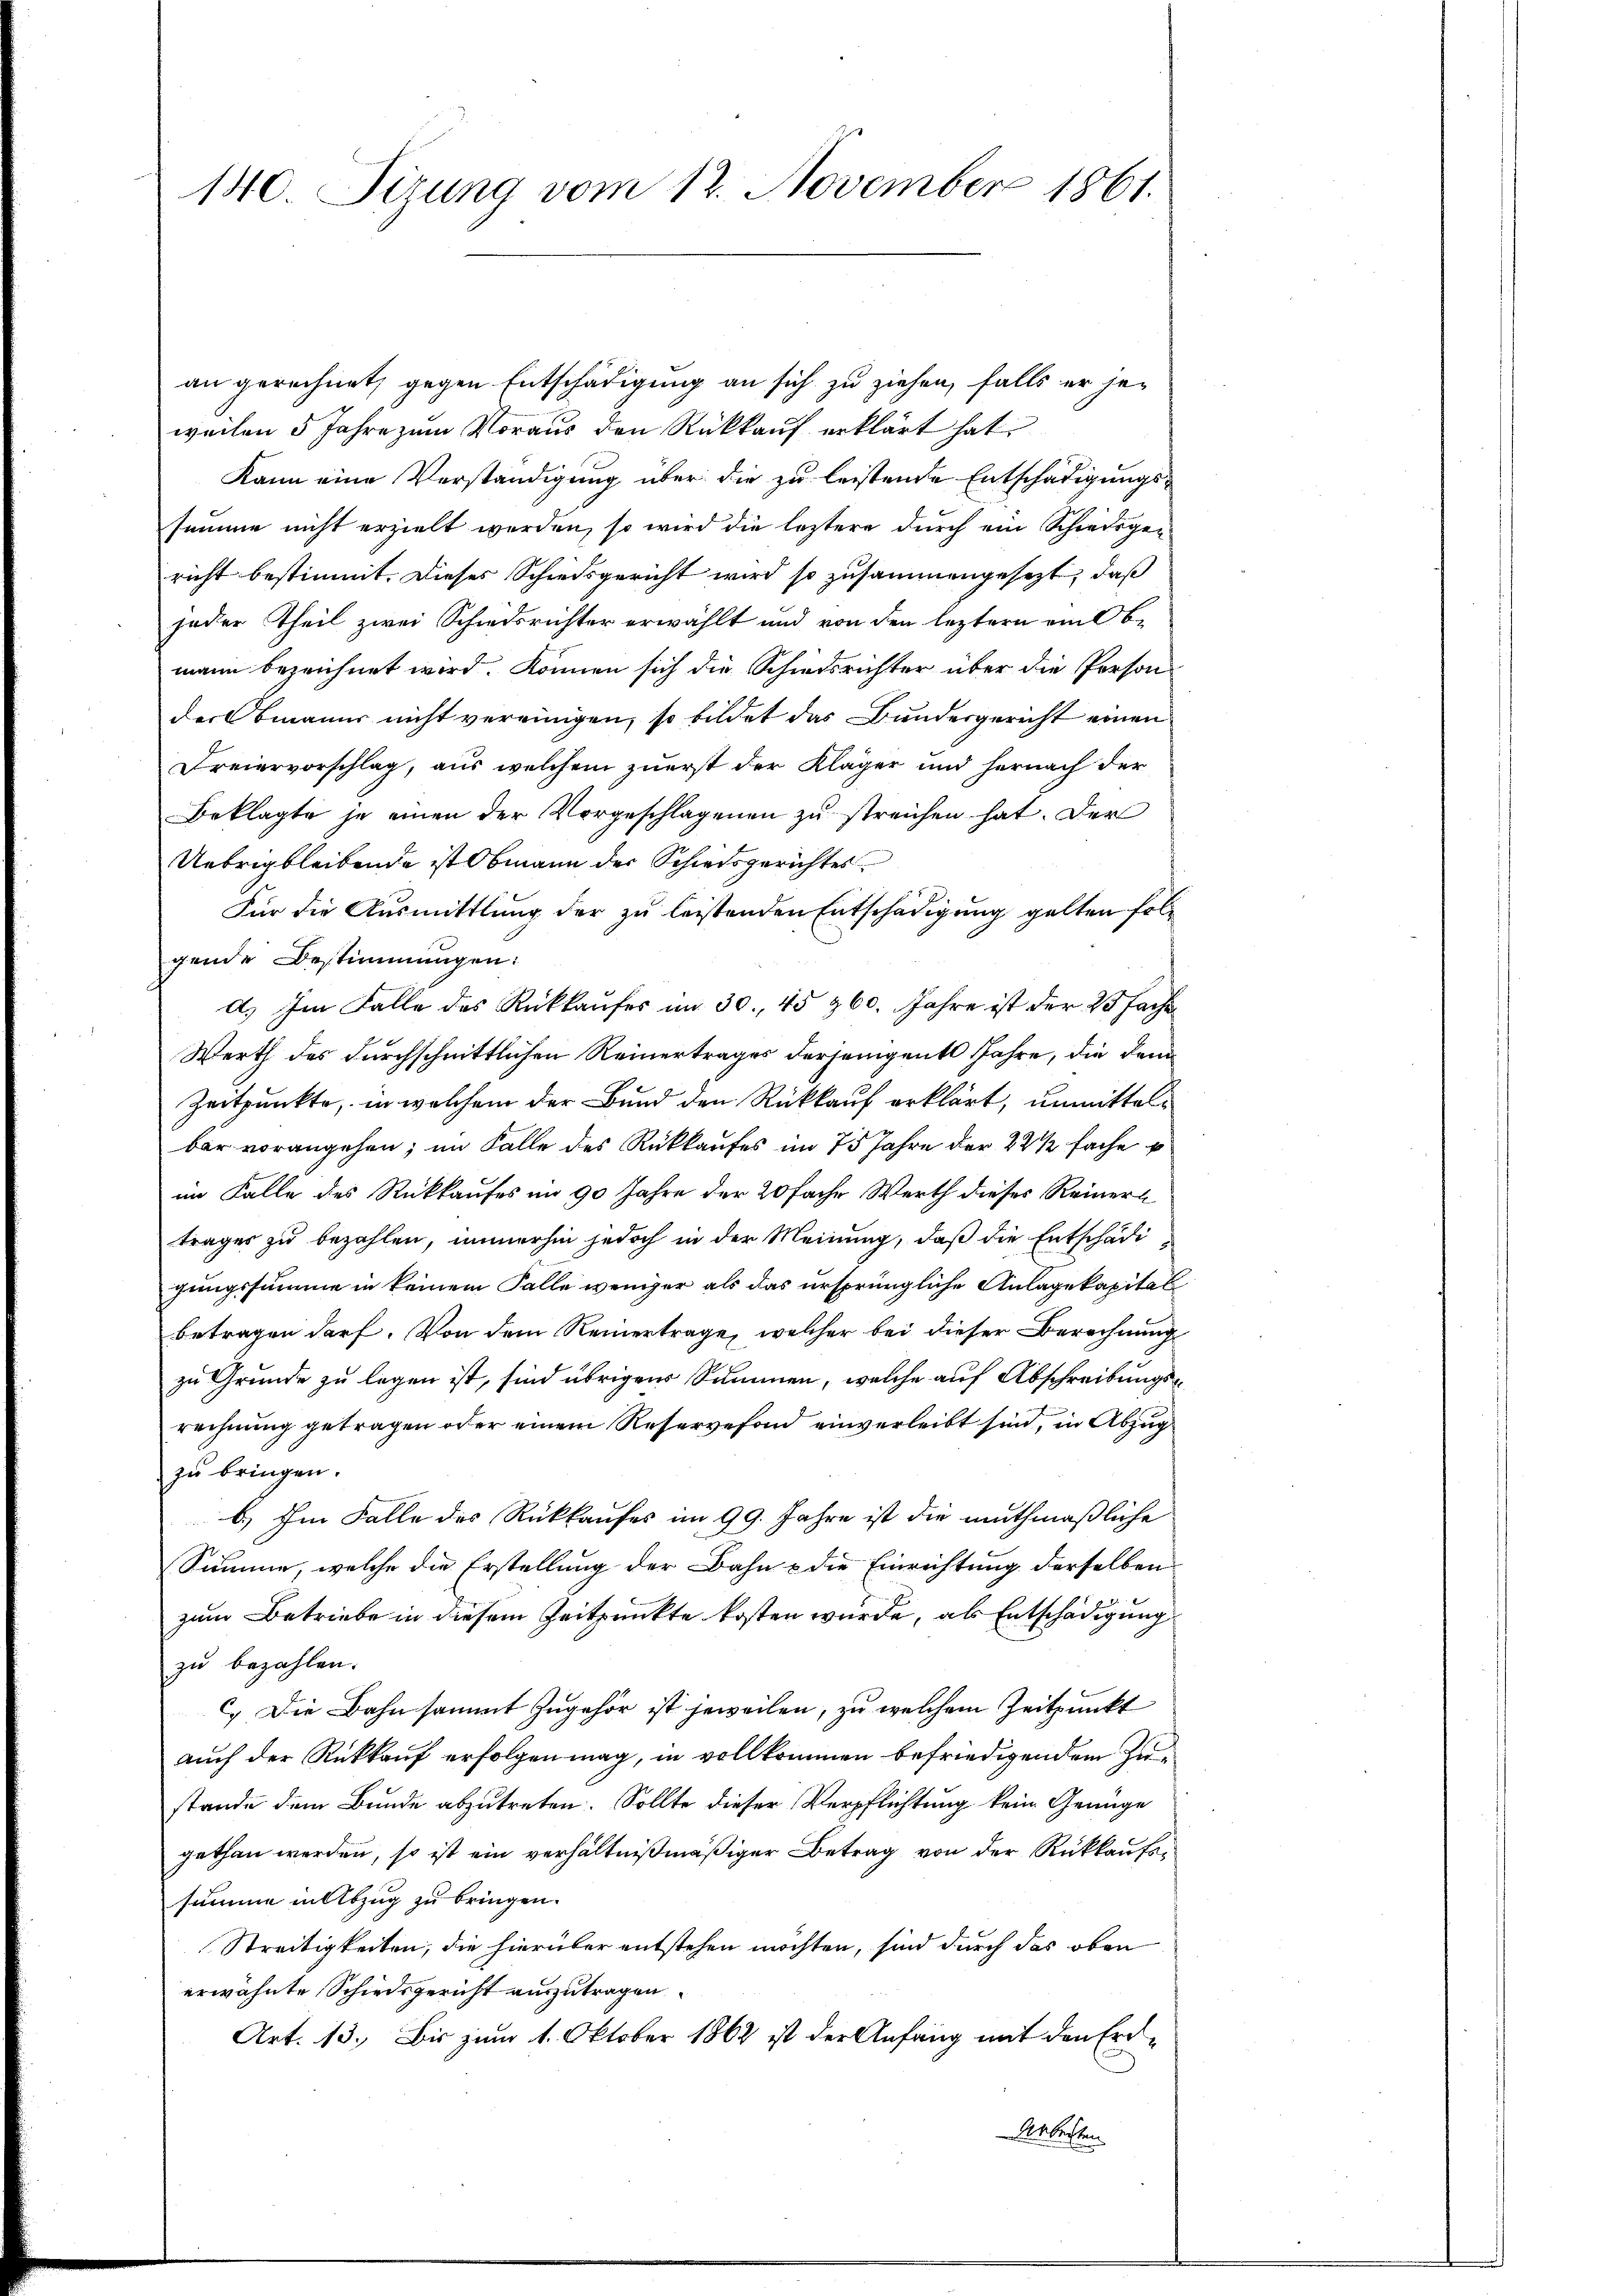
140. Sizung vom 12. November 1861.

an gerechnet, gegen Entschädigung an sich zu ziehen, falls er jeweilen 5 Jahre zum Voraus den Rückkauf erklärt hat.
Kann eine Verständigung über die zu leistende Entschädigungssumme nicht erzielt werden, so wird die leztere durch ein Schiedsgericht bestimmt. Dieses Schiedsgericht wird so zusammengesezt, daß
jeder Theil zwei Schiedsrichter erwählt und von den leztern ein Obmann bezeichnet wird. können sich die Schiedsrichter über die Person
der Emanus nicht vereinigen, so bildet das Bundesgericht einen
Freiervorschlag, aus welchem zuerst der Kläger und hernach der
Beklagte je einen der Vorgeschlagenen zu streichen hat. Der
Uebrig bleibende ist Obmann der Schiedsgerichtes
Für die Ausmittlung der zu leistenden Entschädigung gelten folgende Bestimmungen:
d) Im Falle des Rückkaufes im 30. 45 360. Jahre ist der 23 fache
Werth des durchschnittlichen Reinertrages derjenigent Jahre, die dem
Zeitpunkte, in welchem der Bund den Rückkauf erklärt, unmittelbar vorangehen; im Falle des Rückkaufes im 75 Jahre der 22 ½ fache
im Falle des Rückkaufes im 90 Jahre der 20fache Werth dieses Reinerl
trages zu bezahlen, immerhin jedoch in der Meinung, daß die Entschädigungssumme in keinem Falle weniger als das ursprüngliche Anlagekapital
Betragen darf. Von dem Reinertrage, welcher bei dieser Berechnung
zu Grunde zu legen ist, sind übrigen Summen, welche auf Abschreibungsrechnung getragen oder einem Reservefond einverleibt sind, in Abzug
zu bringen.
b.) Im Falle des Rückkaufes im 99. Jahre ist die muthmaßliche
Summe, welche die Erstellung der Bahn & die Einrichtung derselben
.
zum Betriebe in diesem Zeitpunkte kosten würde, als Entschädigung
zu bezahlen.
c. Die Bahn sammt zugehör ist jeweilen, zu welchem Zeitpunkt
auch der Rückkauf erfolgen mag, in vollkommen befriedigenden Zustande dem Bunde abzutreten. Sollte dieser Verpflichtung kein Genüge
gethan werden, so ist ein verhältnißmäßiger Betrag von der Rückkaufssumme in Abzug zu bringen.
Streitigkeiten, die hierüber entstehen möchten, sind durch das oben
erwähnte Schiedsgericht auszutragen.
Art. 13. Bis zum 1. Oktober 1862 ist der Anfang mit den Erd¬
Arbeiten